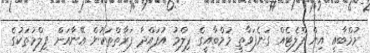
މުމްބާއީ އިން ފްލެޓެއް ގަނެފަވާތީ މުމްބާއީގެ ފިލްމު އުފައްދާ ފަރާތްތަކުން އޭނާއަށް ފިލްމުތަކުގެ